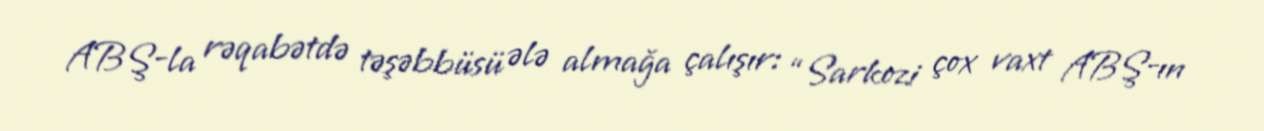
ABŞ-la rəqabətdə təşəbbüsü ələ almağa çalışır: “Sarkozi çox vaxt ABŞ-ın